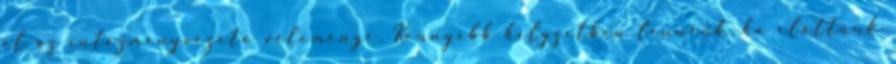
el az intézményvezető véleménye. Könnyebb helyzetben lennénk, ha előttünk